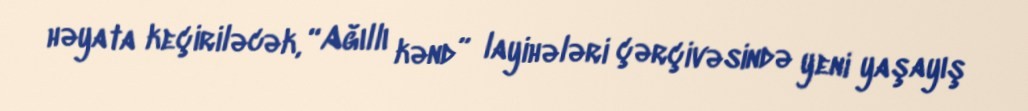
həyata keçiriləcək, “Ağıllı kənd” layihələri çərçivəsində yeni yaşayış